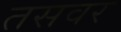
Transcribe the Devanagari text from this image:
तसवर